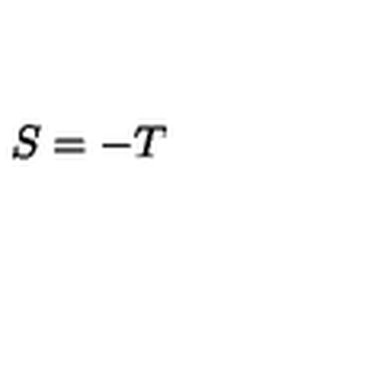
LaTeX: S = - T